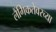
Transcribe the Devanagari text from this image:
लैंगिकतेवरच्या